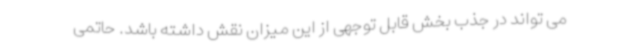
می تواند در جذب بخش قابل توجهی از این میزان نقش داشته باشد. حاتمی